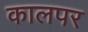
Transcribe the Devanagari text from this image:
कालपर